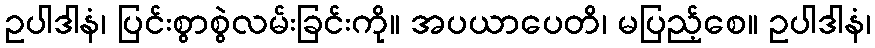
ဥပါဒါနံ၊ ပြင်းစွာစွဲလမ်းခြင်းကို။ အပယာပေတိ၊ မပြည့်စေ။ ဥပါဒါနံ၊